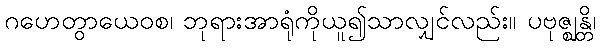
ဂဟေတွာယေဝစ၊ ဘုရားအာရုံကိုယူ၍သာလျှင်လည်း။ ပဗုဇ္ဈန္တိ၊